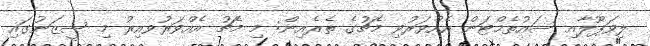
ލިވަޕޫލާއި ސައުތެމްޓަން އެއްވަރުވި މެޗުގެ ތެރެއިން: މި މެޗު އެއްވަރުވއިރު މި ސީޒަނުގައި